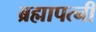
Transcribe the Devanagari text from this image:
ब्रह्मापत्नी